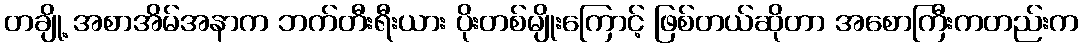
တချို့ အစာအိမ်အနာက ဘက်တီးရီးယား ပိုးတစ်မျိုးကြောင့် ဖြစ်တယ်ဆိုတာ အစောကြီးကတည်းက